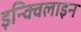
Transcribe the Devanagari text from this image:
इन्क्विलाइन